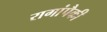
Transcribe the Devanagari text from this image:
रागांपैकी